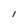
Character: 1